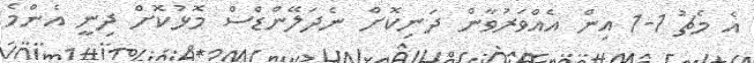
އެ މެޗު 1-1 އިން އެއްވަރުވާން ދަނިކޮށް ނެދަލޭންޑްސް މޮޅުކޮށް ދިނީ އެންމެ